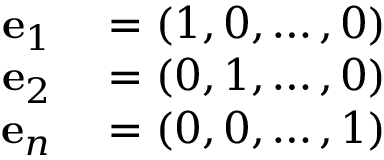
\begin{array} { r l } { \mathbf { e } _ { 1 } } & { { } = ( 1 , 0 , \ldots , 0 ) } \\ { \mathbf { e } _ { 2 } } & { { } = ( 0 , 1 , \ldots , 0 ) } \\ { \mathbf { e } _ { n } } & { { } = ( 0 , 0 , \ldots , 1 ) } \end{array}